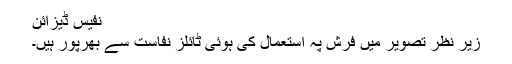
نفیس ڈیزائن
زیرِ نظر تصویر میں فرش پہ استعمال کی ہوئی ٹائلز نفاست سے بھرپور ہیں۔